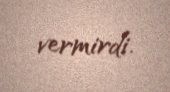
vermirdi.